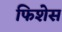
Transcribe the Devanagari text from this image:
फिशेस